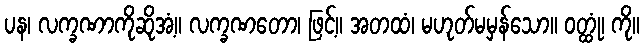
ပန၊ လက္ခဏာကိုဆိုအံ့။ လက္ခဏတော၊ ဖြင့်။ အတထံ၊ မဟုတ်မမှန်သော။ ဝတ္ထုံ၊ ကို။